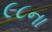
૯૮ના